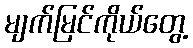
မျက်မြင်ကိုယ်တွေ့